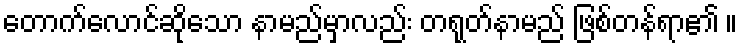
တောက်လောင်ဆိုသော နာမည်မှာလည်း တရုတ်နာမည် ဖြစ်တန်ရာ၏ ။